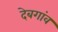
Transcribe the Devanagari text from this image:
देबगांव